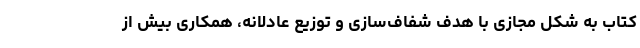
کتاب به شکل مجازی با هدف شفاف‌سازی و توزیع عادلانه، همکاری بیش از